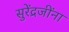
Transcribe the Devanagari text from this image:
सुरेंद्रजींना